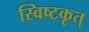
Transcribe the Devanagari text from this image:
स्विष्टकृत्